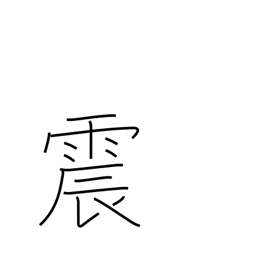
Meaning: quake